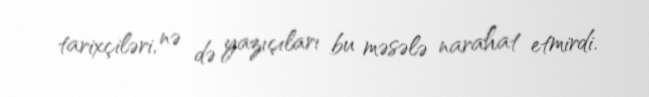
tarixçiləri, nə də yazıçıları bu məsələ narahat etmirdi.